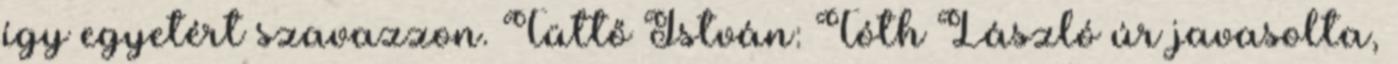
így egyetért szavazzon. Tüttő István: Tóth László úr javasolta,